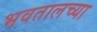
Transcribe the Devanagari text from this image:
भवतालच्या